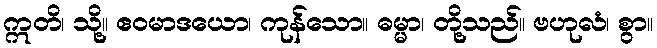
ဣတိ၊ သို့။ ဧဝမာဒယော၊ ကုန်သော။ ဓမ္မာ၊ တို့သည်။ ဗဟုလံ၊ စွာ။